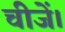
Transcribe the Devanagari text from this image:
चीजें।